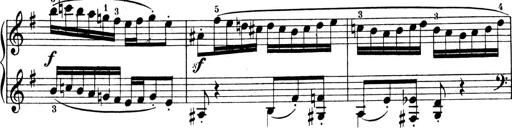
Title: 4 Sonatines
Composer: Max Reger